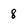
Character: 8